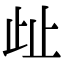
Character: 𣥖